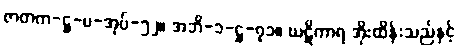
ဇာတက-ဋ္ဌ-ပ-အုပ်-၅၂။ အဘိ-၁-ဋ္ဌ-၇၁။ ဃဋိကာရ အိုးထိန်းသည်နှင့်